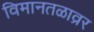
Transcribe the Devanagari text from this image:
विमानतळाव्रर